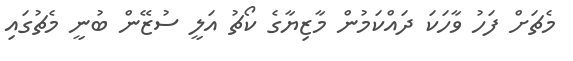
މެޗަށް ފަހު ވާހަކަ ދައްކަމުން މާޒިޔާގެ ކޯޗު އަލީ ސުޒޭން ބުނީ މެޗުގައި